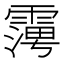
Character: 𮦪